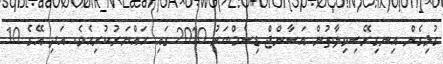
ގުޅިގެން އިނގިރޭސިވިލާތުން އަސާންޖް ޑިސެމްބަރު 2010 ގައި ހައްޔަރުކުރިއެވެ. އަދި އޭގެ 10